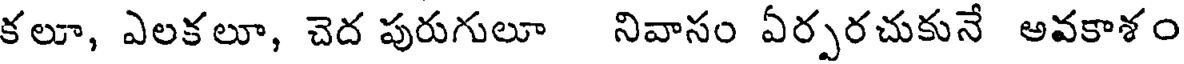
కలూ, ఎలకలూ, చెద పురుగులూ నివాసం ఏర్పరచుకునే అవకాశం